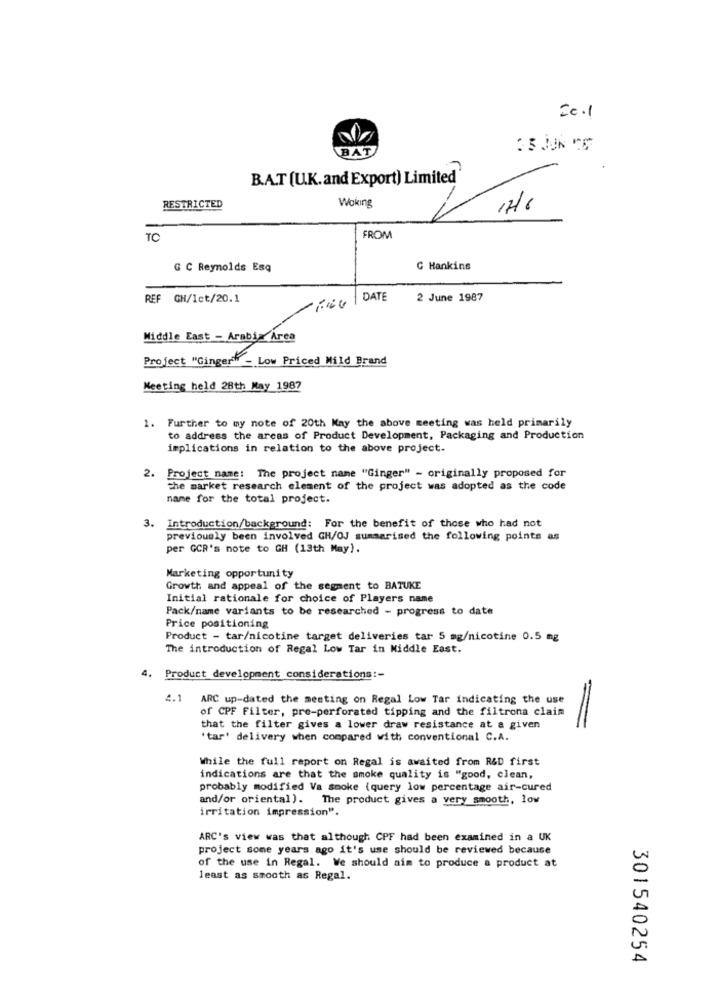
BAT
2 5 JUN TO
B.A.T (U.K.and Export) Limited'
Woking
RESTRICTED
17/6
TC
FROM
G C Reynolds Esq
C Hankins
REF GN/1ct/20.1
DATE
2 June 1987
Middle East - Arabia Area
Project "Gingerw - Low Priced Mild Brand
Meeting held 28th May 1987
1. Further to my note of 20th May the above meeting was held primarily
to address the areas of Product Development, Packaging and Production
implications in relation to the above project.
2. Project name: The project name "Ginger" - originally proposed for
the market research element of the project was adopted as the code
name for the total project.
3. Introduction/background: For the benefit of those who had not
previously been involved GR/OJ summarised the following points as
per GCR's note to GH (13th May).
Marketing opportunity
Growth and appeal of the segment to BATUKE
Initial rationale for choice of Players name
Pack/name variants to be researched - progress to date
Price positioning
Product - tar/nicotine target deliveries tar 5 mg/nicotine 0.5 mg
The introduction of Regal Low Tar in Middle East.
Product development considerations :-
4.1
ARC up-dated the meeting on Regal Low Tar indicating the use
of CPF Filter, pre-perforated tipping and the filtrona claim
that the filter gives a lower draw resistance at a given
'tar' delivery when compared with conventional C.A.
While the full report on Regal is awaited from R&D first
indications are that the smoke quality is "good, clean,
probably modified Va smoke (query low percentage air-cured
and/or oriental). The product gives a very smooth, low
irritation impression".
ARC's view was that although CPF had been examined in a UK
project some years ago it's use should be reviewed because
of the use in Regal. We should aim to produce a product at
least as smooth as Regal.
301540254